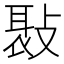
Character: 𢾸